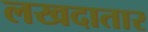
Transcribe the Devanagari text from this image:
लखदातार